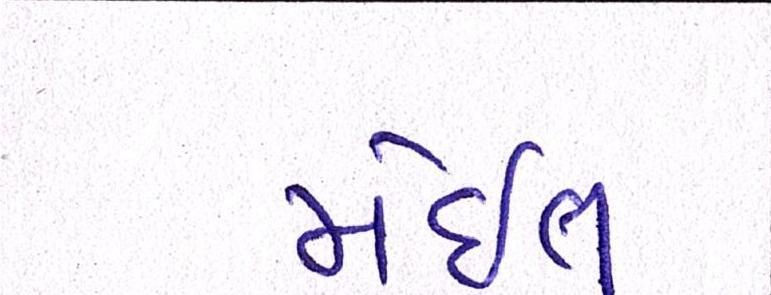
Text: મેઈલ